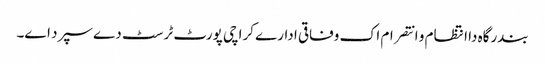
بندرگاہ دا انتظام و انتصرام اک وفاقی ادارے کراچی پورٹ ٹرسٹ دے سپرد ا‏‏ے۔